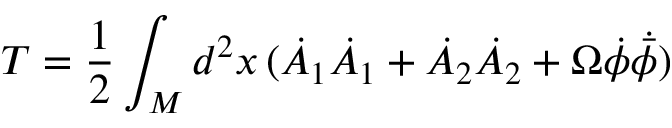
T = \frac { 1 } { 2 } \int _ { M } d ^ { 2 } x \, ( \dot { A } _ { 1 } \dot { A } _ { 1 } + \dot { A } _ { 2 } \dot { A } _ { 2 } + \Omega \dot { \phi } \dot { { \bar { \phi } } } )